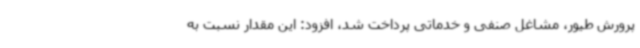
پرورش طیور، مشاغل صنفی و خدماتی پرداخت شد، افزود: این مقدار نسبت به